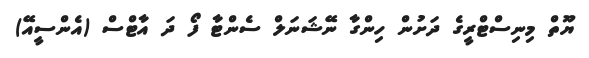
ޔޫތް މިނިސްޓްރީގެ ދަށުން ހިންގާ ނޭޝަނަލް ސެންޓާ ފޯ ދަ އާޓްސް (އެންސީއޭ)